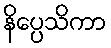
နိပ္ပေသိကာ